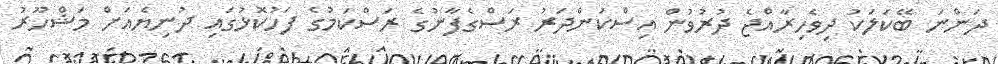
ދަންނަ ބޭކަލަކު ދިވެހިރާއްޖެ ދުރުވުން އިސްކަންދަރު ރަސްގެފާނުގެ ރަސްކަމުގެ ފަހުކޮޅުގައި ދުނިޔެއަށް މަޝްހޫރު